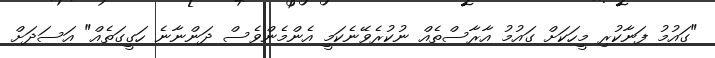
"ގައުމު ފަނާކުރި މީހަކަށް ގައުމު އާރާސްތެއް ނުކުރެވޭނެކަމީ އެންމެންވެސް ދަންނާނެ ހަގީގަތެއް" އަސަދަށް